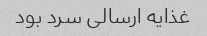
غذایه ارسالی سرد بود